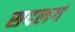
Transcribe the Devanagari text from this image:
सदलगं